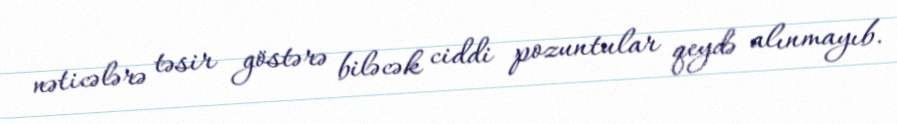
nəticələrə təsir göstərə biləcək ciddi pozuntular qeydə alınmayıb.